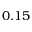
0 . 1 5